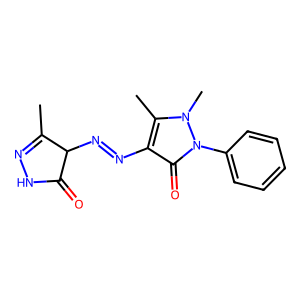
SMILES: CC1=NNC(=O)C1N=Nc1c(C)n(C)n(-c2ccccc2)c1=O
Inhibits HIV replication: No